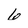
Character: 6